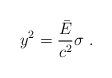
LaTeX: \begin{align*}y^2={\bar E\over c^2}\sigma \ . \end{align*}